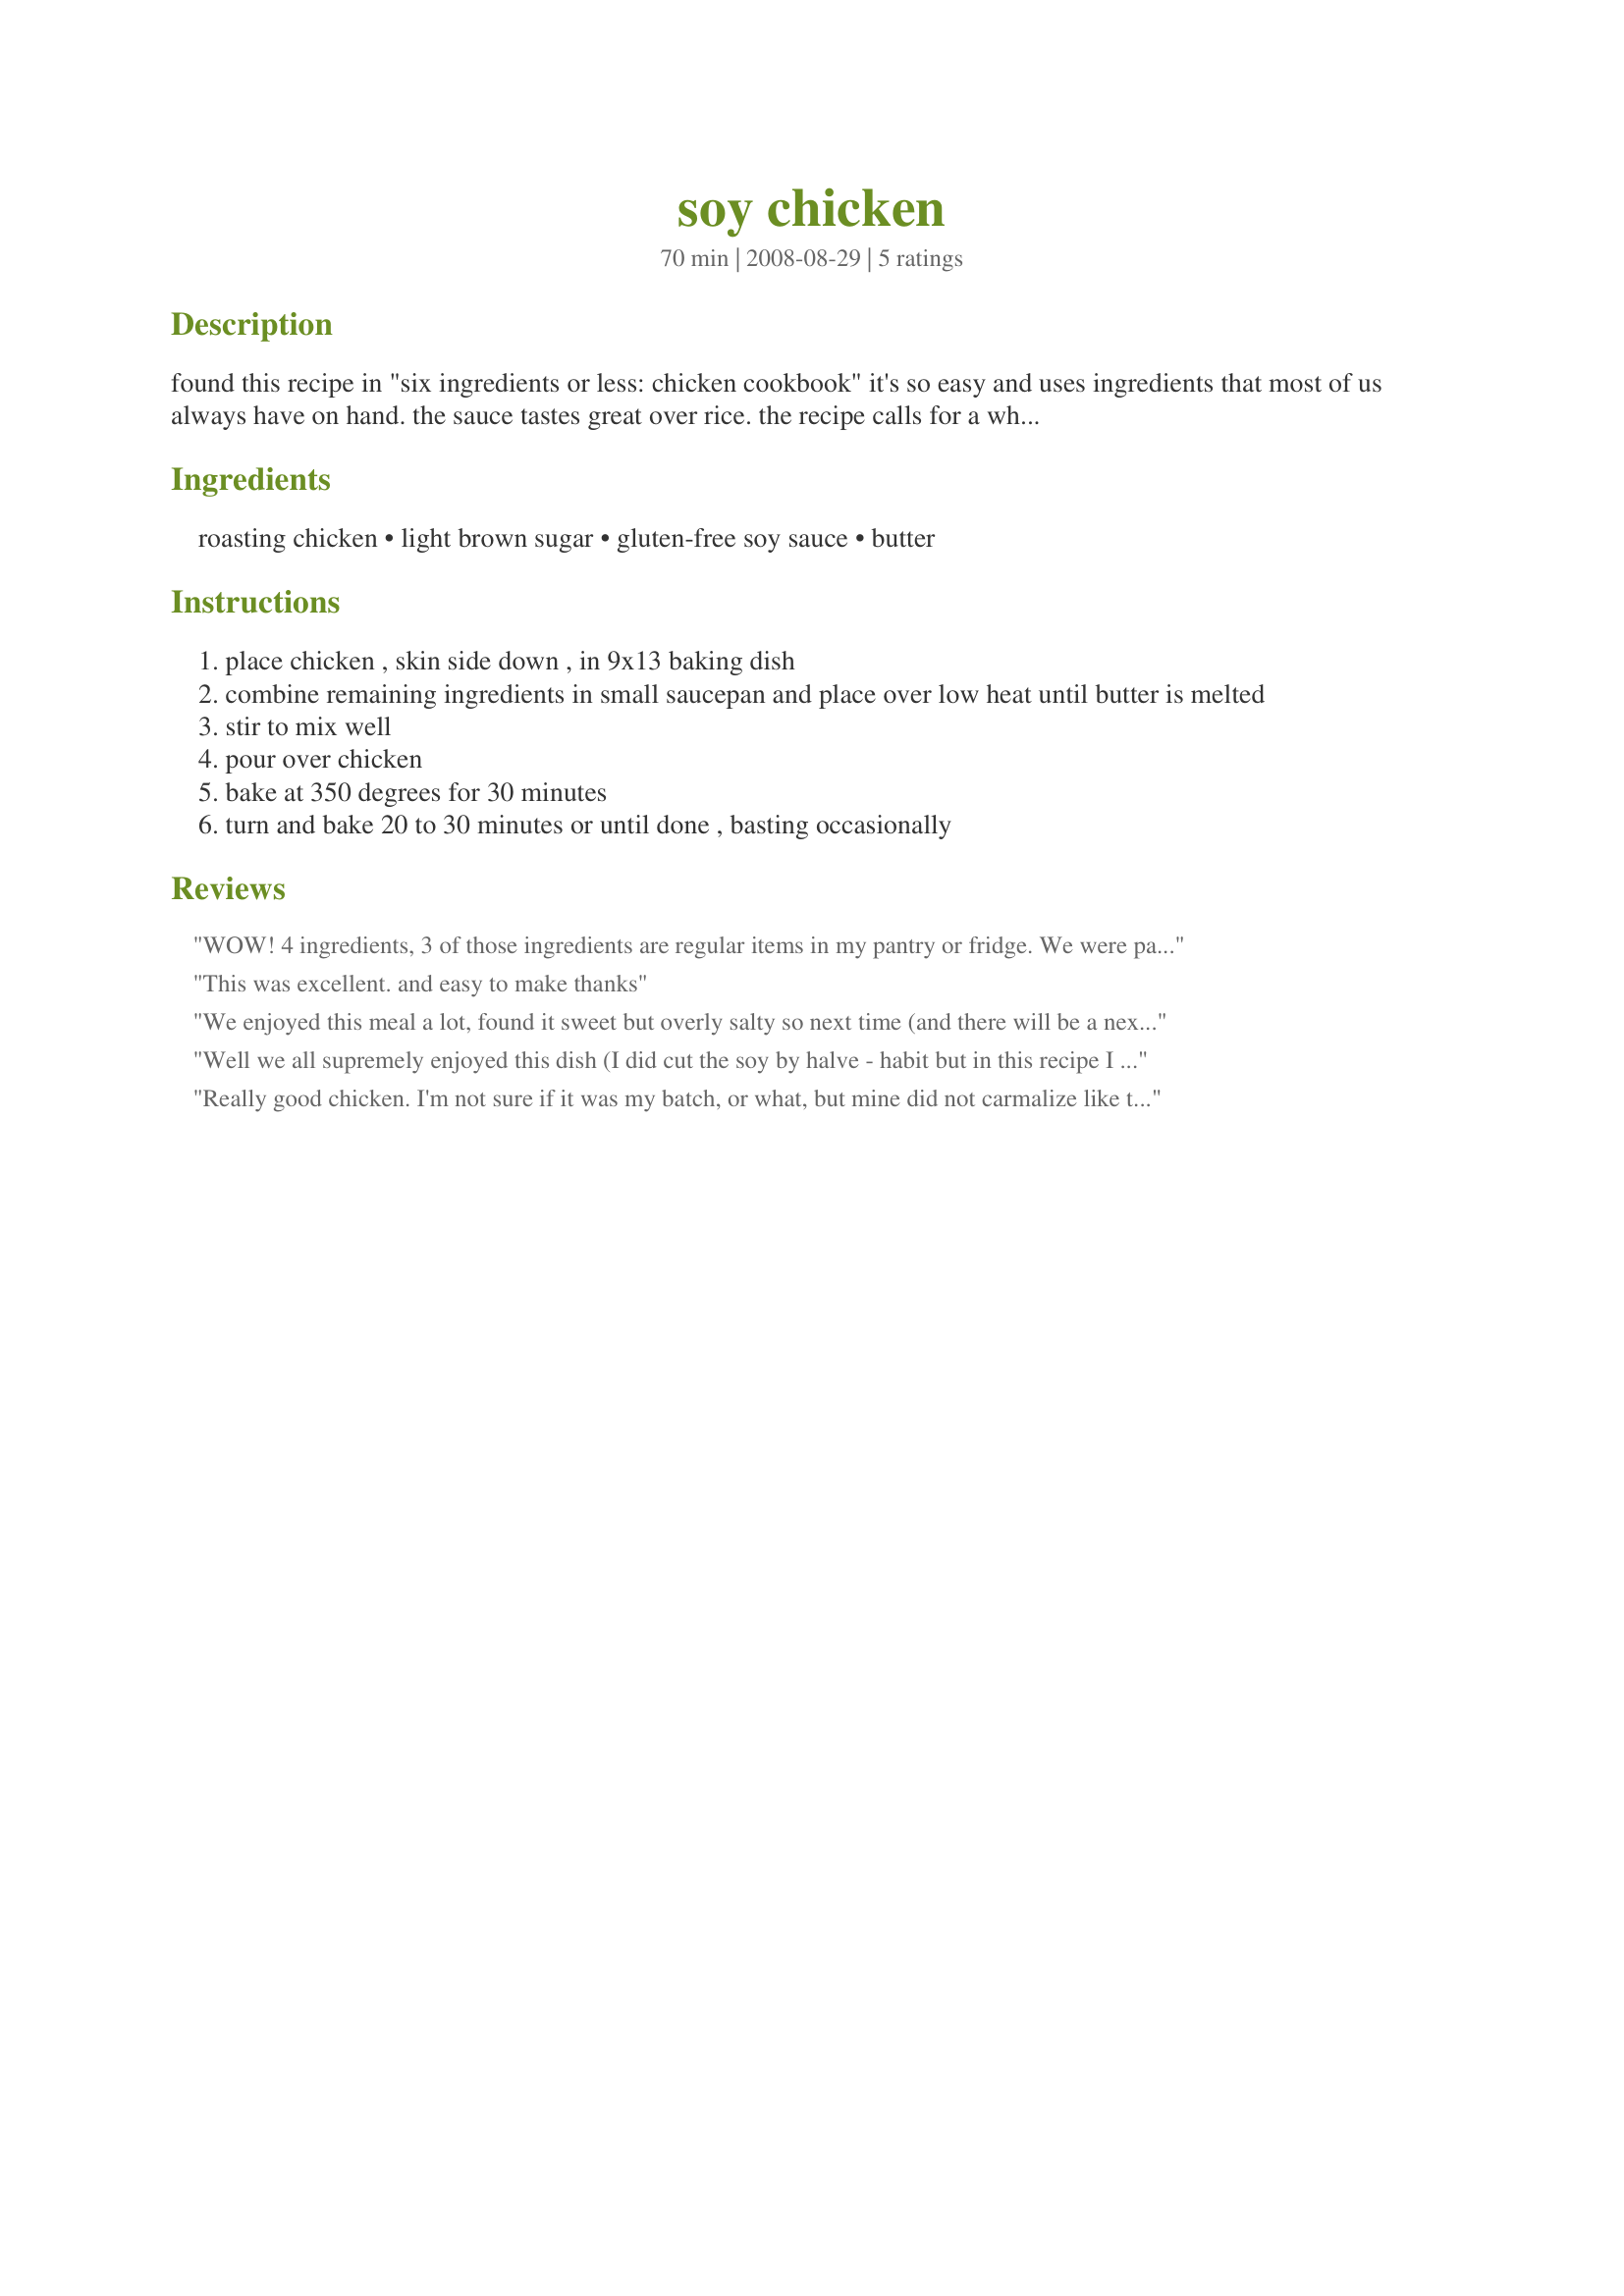
soy chicken
Preparation time: 70 minutes

found this recipe in "six ingredients or less: chicken cookbook" it's so easy and uses ingredients that most of us always have on hand. the sauce tastes great over rice. the recipe calls for a whole chicken, but you could use bone in breasts or thighs or any combination that you would like and adjust cooking time accordingly. this is also good with pork chops.

Ingredients:
roasting chicken, light brown sugar, gluten-free soy sauce, butter

Steps:
place chicken , skin side down , in 9x13 baking dish
combine remaining ingredients in small saucepan and place over low heat until butter is melted
stir to mix well
pour over chicken
bake at 350 degrees for 30 minutes
turn and bake 20 to 30 minutes or until done , basting occasionally

Reviews:
WOW! 4 ingredients, 3 of those ingredients are regular items in my pantry or fridge. We were painting today and I was worked nightshift (Only had a few hours sleep in the morning), so I didn't have much time and patience today with a complicated meal. This was perfect, took less then 10 minutes to prepare and tasty yummy. What more could I ask for? I cut up a whole organic chicken, they sold out on Maryland Chicken (thigh and drumstick cut). I would be comfortable using this recipe on any on the bone chicken. Kept to the recipe except I used salt reduce soy sauce just to remove any salty flavours just as the pervious review suggested. I served it with basmati rice and small salad. Thank you LARavenscroft
This was excellent. and easy to make thanks
We enjoyed this meal a lot, found it sweet but overly salty so next time (and there will be a next time) I will drop the soy back by half. I used wing bits and cooked it in the elec frypan to save heating up the kitchen with the oven, then removed the chicken and reduced the sauce til it was sticky and sweet. Served over basmati rice. We all agreed this would be beautiful using chopped fillets to save sticky fingers. Thanks!
Well we all supremely enjoyed this dish (I did cut the soy by halve - habit but in this recipe I may just up this by an extra tablespoon and for us perfect I think). I used drumsticks and mine got colour (baked a total 45 minutes but hadn't quite got to the sticky stage) but honestly we were glad of the sauce for the rice, delicious. I did use the microwave to combine and melt the sugar, soy sauce and butter together - 45 seconds total in 900 watt oven - stirred after first 30 seconds. Thank you for one I will try again with a quartered chicken - which I think with the larger joint will get me to the sticky stage, made Edition 7 - Make My Recipe.
Really good chicken. I'm not sure if it was my batch, or what, but mine did not carmalize like the photo, just left a soupy base at the bottom of the pan. The chicken was not dark but white. Having said that, I put the marinade in a small bowl on service for dipping and it was good, just not the dark caramel product I expected.
